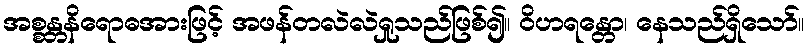
အစ္စန္တနိရောဓအားဖြင့် အဖန်တလဲလဲရှုသည်ဖြစ်၍။ ဝိဟရန္တော၊ နေသည်ရှိသော်။